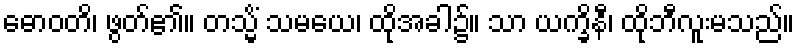
ဓောဝတိ၊ ဖွတ်၏။ တသ္မိံ သမယေ၊ ထိုအခါ၌။ သာ ယက္ခိနီ၊ ထိုဘီလူးမသည်။